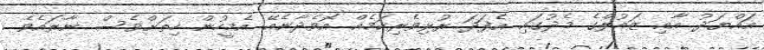
އައްޔަދު އާއި ޒައުލްގެ މެދުގައި އެފަދަ ރުޅިވެރިކަމެއް އޮވެދާނެއޭ އެމީހުން ހިތަށްވެސް ނާރައެވެ.